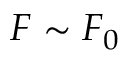
F \sim F _ { 0 }